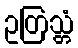
ဥတြသ္တံ